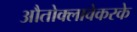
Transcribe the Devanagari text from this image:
औतोक्लावेकरके